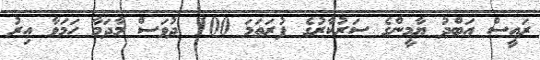
ރައީސް އަބްދު ޔާމީންގެ ސަރުކާރުގެ ފުރަތަމަ 100 ދުވަސް މާދަމާ ހަމަވާ އިރު